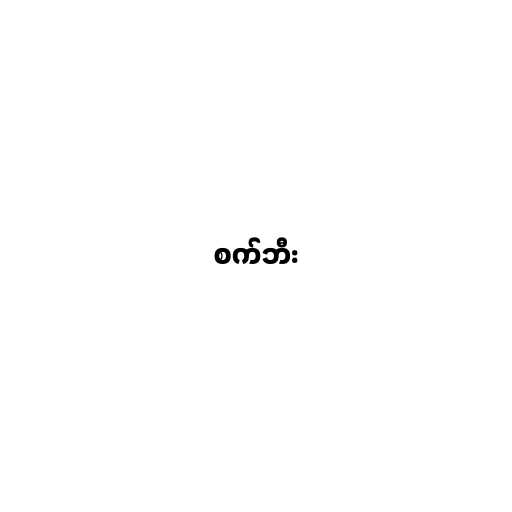
စက်ဘီး